Vaccination in Bombay 1863-1868 - 1863-1868
Year: 1863
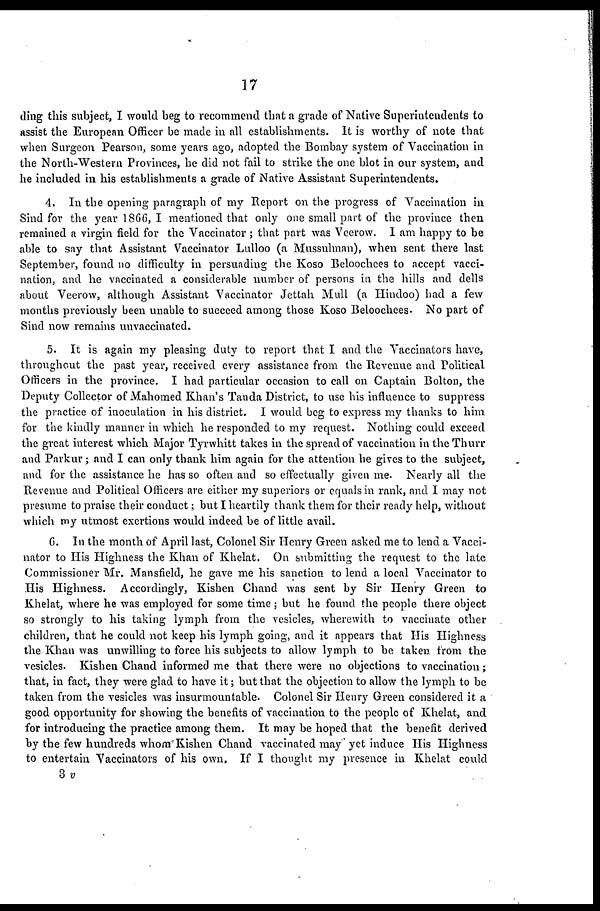
17
ding this subject, I would beg to recommend that a grade of Native Superintendents to
assist the European Officer be made in all establishments. It is worthy of note that
when Surgeon Pearson, some years ago, adopted the Bombay system of Vaccination in
the North-Western Provinces, he did not fail to strike the one blot in our system, and
he included in his establishments a grade of Native Assistant Superintendents.
4. In the opening paragraph of my Report on the progress of Vaccination in
Sind for the year 1866, I mentioned that only one small part of the province then
remained a virgin field for the Vaccinator ; that part was Veerow. I am happy to be
able to say that Assistant Vaccinator Lulloo (a Mussulman), when sent there last
September, found no difficulty in persuading the Koso Beloochees to accept vacci-
nation, and he vaccinated a considerable number of persons in the hills and dells
about Veerow, although Assistant Vaccinator Jettah Mull (a Hindoo) had a few
months previously been unable to succeed among those Koso Beloochees. No part of
Sind now remains unvaccinated.
5. It is again my pleasing duty to report that I and the Vaccinators have,
throughout the past year, received every assistance from the Revenue and Political
Officers in the province. I had particular occasion to call on Captain Bolton, the
Deputy Collector of Mahomed Khan's Tanda District, to use his influence to suppress
the practice of inoculation in his district. I would beg to express my thanks to him
for the kindly manner in which he responded to my request. Nothing could exceed
the great interest which Major Tyrwhitt takes in the spread of vaccination in the Thurr
and Parkur; and I can only thank him again for the attention he gives to the subject,
and for the assistance he has so often and so effectually given me. Nearly all the
Revenue and Political Officers are either my superiors or equals in rank, and I may not
presume to praise their conduct; but I heartily thank them for their ready help, without
which my utmost exertions would indeed be of little avail.
6. In the month of April last, Colonel Sir Henry Green asked me to lend a Vacci-
nator to His Highness the Khan of Khelat. On submitting the request to the late
Commissioner Mr. Mansfield, he gave me his sanction to lend a local Vaccinator to
His Highness. Accordingly, Kishen Chand was sent by Sir Henry Green to
Khelat, where he was employed for some time; but he found the people there object
so strongly to his taking lymph from the vesicles, wherewith to vaccinate other
children, that he could not keep his lymph going, and it appears that His Highness
the Khan was unwilling to force his subjects to allow lymph to be taken from the
vesicles. Kishen Chand informed me that there were no objections to vaccination;
that, in fact, they were glad to have it; but that the objection to allow the lymph to be
taken from the vesicles was insurmountable. Colonel Sir Henry Green considered it a
good opportunity for showing the benefits of vaccination to the people of Khelat, and
for introducing the practice among them. It may be hoped that the benefit derived
by the few hundreds whom Kishen Chand vaccinated may yet induce His Highness
to entertain Vaccinators of his own. If I thought my presence in Khelat could
3v